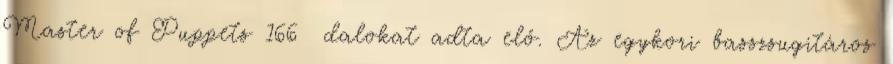
Master of Puppets 166 dalokat adta elő. Az egykori basszsugitáros